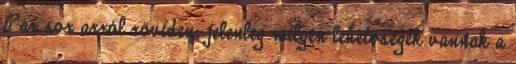
Pár sor arról röviden, jelenleg milyen lehetőségek vannak a